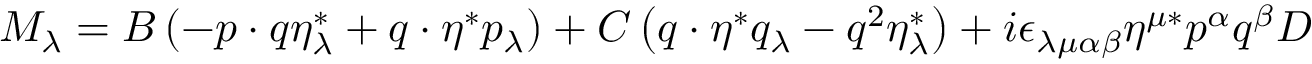
M _ { \lambda } = B \left( - p \cdot q \eta _ { \lambda } ^ { * } + q \cdot \eta ^ { * } p _ { \lambda } \right) + C \left( q \cdot \eta ^ { * } q _ { \lambda } - q ^ { 2 } \eta _ { \lambda } ^ { * } \right) + i \epsilon _ { \lambda \mu \alpha \beta } \eta ^ { \mu * } p ^ { \alpha } q ^ { \beta } D